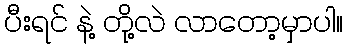
ပီးရင် နဲ့ တို့လဲ လာတော့မှာပါ။